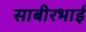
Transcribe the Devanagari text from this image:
साबीरभाई